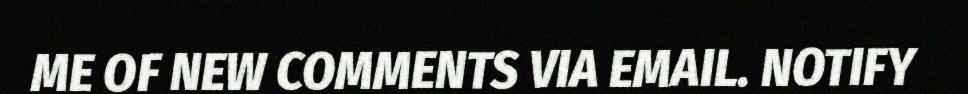
ME OF NEW COMMENTS VIA EMAIL. NOTIFY